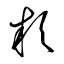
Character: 款